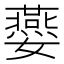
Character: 𡤈